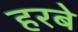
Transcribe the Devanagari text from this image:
हरबे